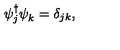
\psi _ { j } ^ { \dagger } \psi _ { k } ^ { } = \delta _ { j k } ,